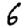
Digit: 6